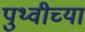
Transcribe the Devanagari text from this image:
पुथ्वीच्या